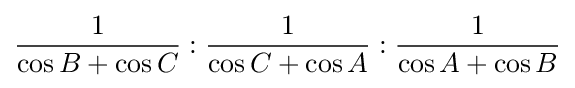
{\frac {1}{\cos B+\cos C}}:{\frac {1}{\cos C+\cos A}}:{\frac {1}{\cos A+\cos B}}